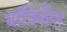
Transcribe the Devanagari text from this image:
यांत्रिकीत